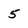
Character: 5